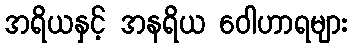
အရိယနှင့် အနရိယ ဝေါဟာရများ